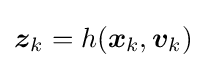
{\boldsymbol {z}}_{k}=h({\boldsymbol {x}}_{k},{\boldsymbol {v}}_{k})